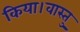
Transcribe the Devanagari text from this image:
किया।वास्तु